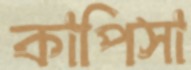
কাপিসা